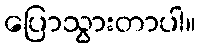
ပြောသွားတာပါ။